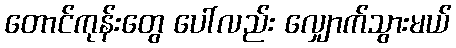
တောင်ကုန်းတွေ ပေါ်လည်း လျှောက်သွားမယ်